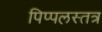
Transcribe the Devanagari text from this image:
पिप्पलस्तत्र